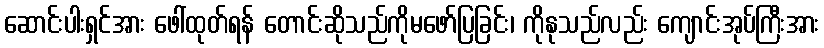
ဆောင်းပါးရှင်အား ဖေါ်ထုတ်ရန် တောင်းဆိုသည်ကိုမဖော်ပြခြင်း၊ ကိုနုသည်လည်း ကျောင်းအုပ်ကြီးအား